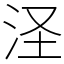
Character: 𣲾